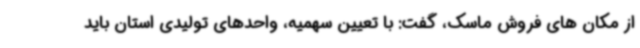
از مکان های فروش ماسک، گفت: با تعیین سهمیه، واحدهای تولیدی استان باید